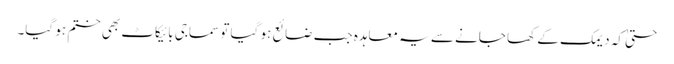
حتیٰ کہ دیمک کے کھا جانے سے یہ معاہدہ جب ضائع ہو گیا تو سماجی بائیکاٹ بھی ختم ہو گیا۔